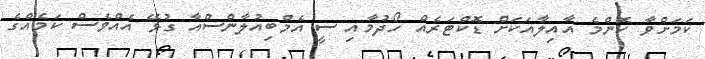
ކަމަށްވާ ކޮންމެ އާއިލާއަކަށް ޑޮކްޓަރެއް ހޯދުމާއި ސީ އެމްބިއުލާންސްއާ ގުޅޭ އެއްވެސް ކަމެއްގެ